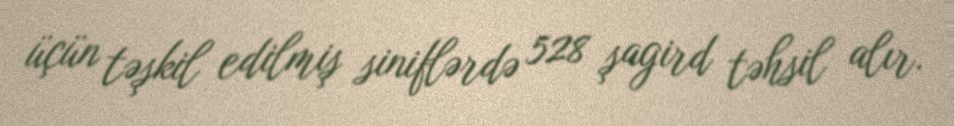
üçün təşkil edilmiş siniflərdə 528 şagird təhsil alır.